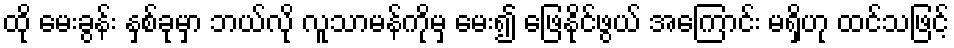
ထို မေးခွန်း နှစ်ခုမှာ ဘယ်လို လူသာမန်ကိုမှ မေး၍ ဖြေနိုင်ဖွယ် အကြောင်း မရှိဟု ထင်သဖြင့်